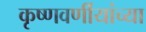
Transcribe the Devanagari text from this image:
कृष्णवर्णीयांच्या